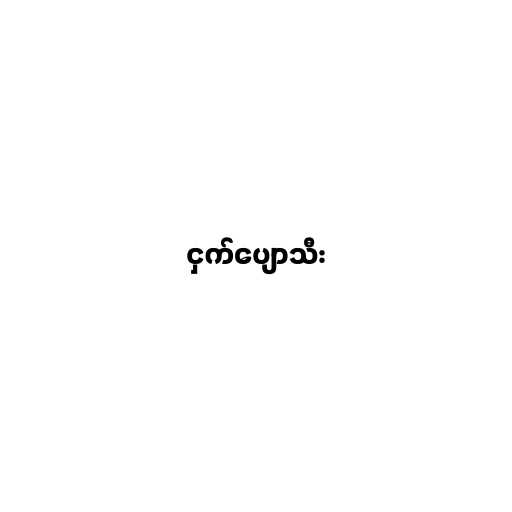
ငှက်ပျောသီး